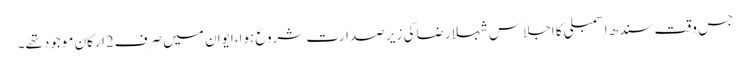
جس وقت سندھ اسمبلی کا اجلاس شہلا رضاکی زیر صدارت شروع ہوا،ایوان میں صرف2ارکان موجودتھے۔